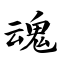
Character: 魂